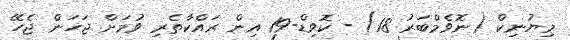
މިޔުނިކް (ނޮވެމްބަރު 18) - ކޮވިޑް-19 އިން ރައްކާތެރި ވުމަށް ޖަހަން ޖެހޭ